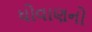
ધોવાણનો